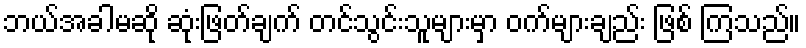
ဘယ်အခါမဆို ဆုံးဖြတ်ချက် တင်သွင်းသူများမှာ ဝက်များချည်း ဖြစ် ကြသည်။